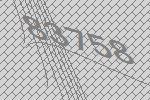
83758